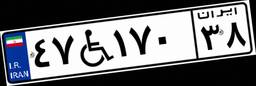
۴۷W۱۷۰۳۸